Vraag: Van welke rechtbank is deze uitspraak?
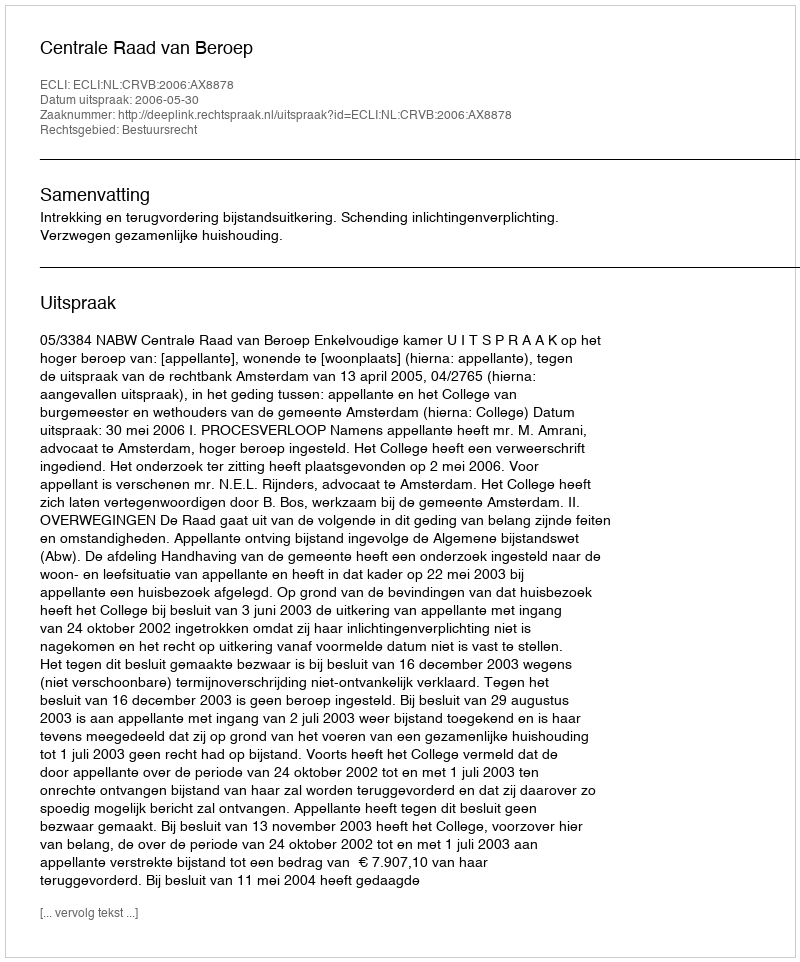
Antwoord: Centrale Raad van Beroep